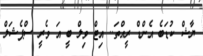
ޔާޝް ކުޑަބެ އެންޑް ރީއްތަ.. އިޓް ވިލް ބީ އަ ވެރީ ސްޕެޝަލް